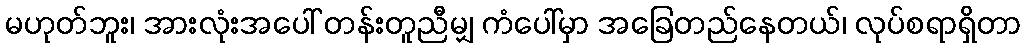
မဟုတ်ဘူး၊ အားလုံးအပေါ် တန်းတူညီမျှ ကံပေါ်မှာ အခြေတည်နေတယ်၊ လုပ်စရာရှိတာ